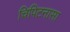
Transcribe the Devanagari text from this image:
चिपिटनासा